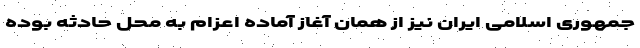
جمهوری اسلامی ایران نیز از همان آغاز آماده اعزام به محل حادثه بوده